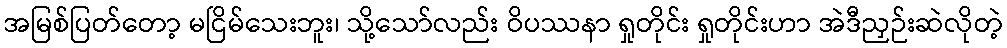
အမြစ်ပြတ်တော့ မငြိမ်သေးဘူး၊ သို့သော်လည်း ဝိပဿနာ ရှုတိုင်း ရှုတိုင်းဟာ အဲဒီညှဉ်းဆဲလိုတဲ့